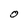
Character: O